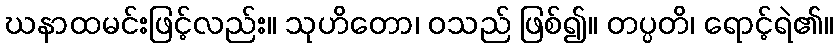
ဃနာထမင်းဖြင့်လည်း။ သုဟိတော၊ ဝသည် ဖြစ်၍။ တပ္ပတိ၊ ရောင့်ရဲ၏။